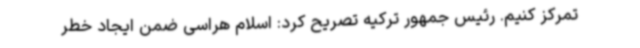
تمرکز کنیم. رئیس جمهور ترکیه تصریح کرد: اسلام هراسی ضمن ایجاد خطر